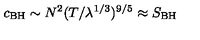
c _ { \mathrm { B H } } \sim N ^ { 2 } ( T / \lambda ^ { 1 / 3 } ) ^ { 9 / 5 } \approx S _ { \mathrm { B H } }